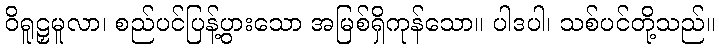
ဝိရူဠှမူလာ၊ စည်ပင်ပြန့်ပွားသော အမြစ်ရှိကုန်သော။ ပါဒပါ၊ သစ်ပင်တို့သည်။